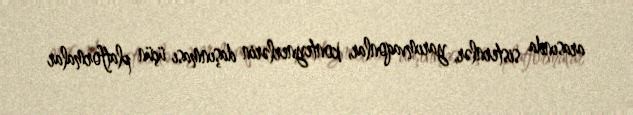
arasında sisternlər, yarımvaqonlar, konteynerlərin daşınması üçün platformalar